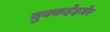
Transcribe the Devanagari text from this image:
ब्रुक्कहेइमेर